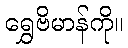
ရွှေဗိမာန်ကို။